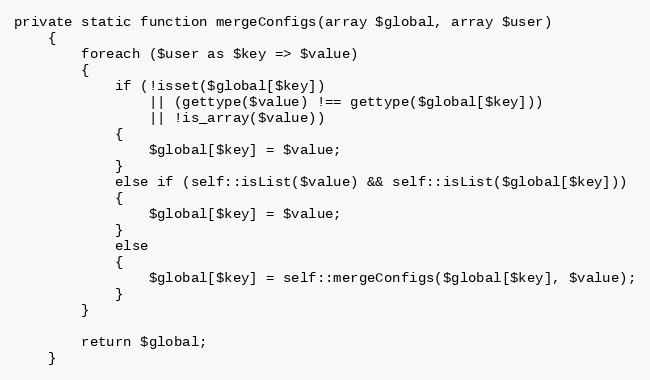
Language: PHP
private static function mergeConfigs(array $global, array $user)
	{
		foreach ($user as $key => $value)
		{
			if (!isset($global[$key])
				|| (gettype($value) !== gettype($global[$key]))
				|| !is_array($value))
			{
				$global[$key] = $value;
			}
			else if (self::isList($value) && self::isList($global[$key]))
			{
				$global[$key] = $value;
			}
			else
			{
				$global[$key] = self::mergeConfigs($global[$key], $value);
			}
		}

		return $global;
	}